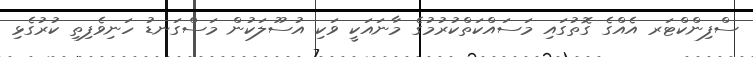
ސްފިންކްޓަރ އެއްގެ ގޮތުގައި މަސައްކަތްކުރުމުގެ މާނައަކީ ވަކި އުސޫލަކުން މަސްގަނޑު ހަނިވެފިތި ކުރުގެޅި